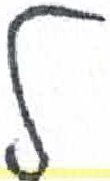
אות: ל